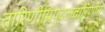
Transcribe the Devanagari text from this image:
तारिणीम्रिपुदलवारिणीम्